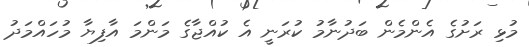
މުޅި ރަށުގެ އެންމެން ބަދުނާމު ކުރަނީ އެ ކުއްޖާގެ މަންމަ އާފިޔާ މުހައްމަދު